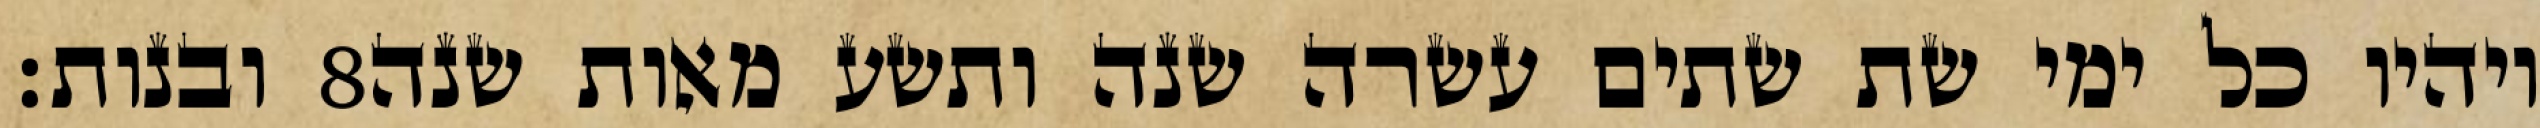
ובנות׃ ‎8‏ ויהיו כל ימי שת שתים עשרה שנה ותשע מאות שנה